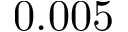
0 . 0 0 5